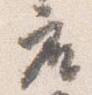
座